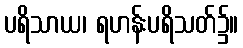
ပရိသာယ၊ ရဟန်းပရိသတ်၌။